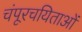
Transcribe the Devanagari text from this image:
चंपूरचयिताओं